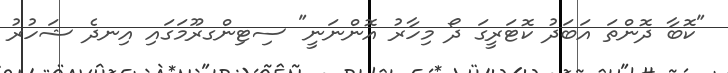
"ކޮބާ ދޮންތަ އަބަދު ކޮޓަރީގަ ދޯ މިހާރު އޮންނަނީ" ސިޓިންގރޫމަގައި އިނދެ ޝަހުރު